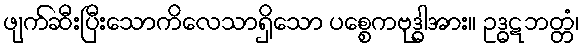
ဖျက်ဆီးပြီးသောကိလေသာရှိသော ပစ္စေကဗုဒ္ဓါအား။ ဥဒ္ဓဋဘတ္တံ၊